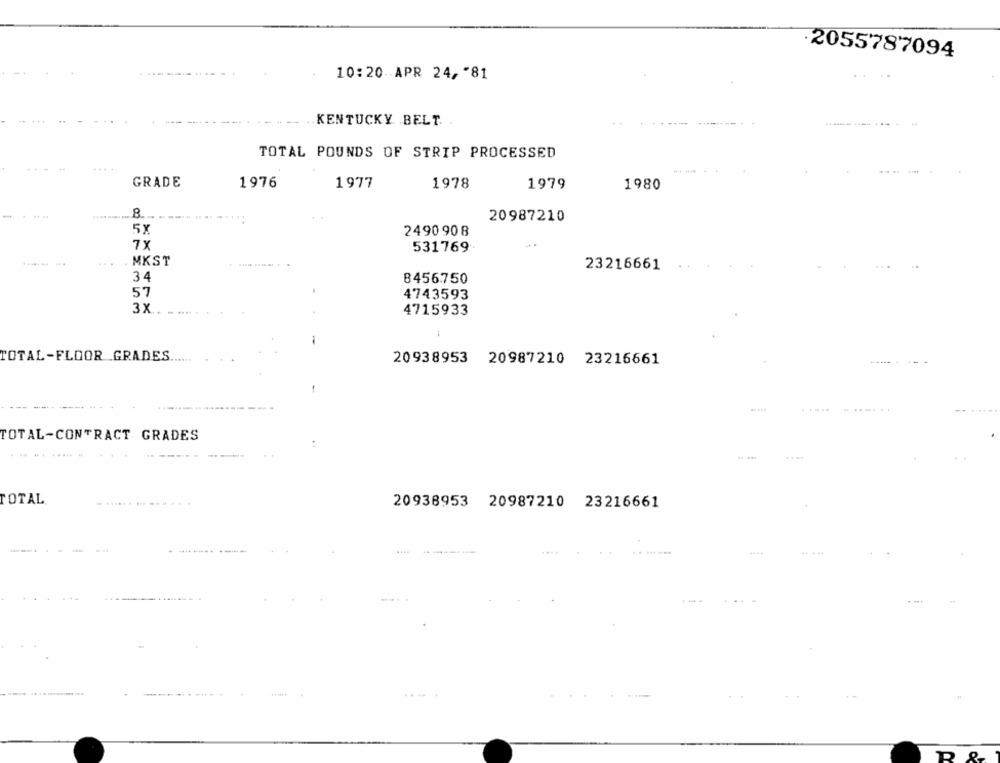
2055787094
10:20- APR 24, "81
KENTUCKY BELT.
TOTAL POUNDS OF STRIP PROCESSED
GRADE
1976
1977
1978
1979
1980
8
20987210
5X
2490 90 8
7X
531769
MKST
23216661
34
8456750
57
4743593
3X
4715933
1
TOTAL-FLOOR GRADES ......
20938953 20987210 23216661
-
............
TOTAL-CONTRACT GRADES
:
TOTAL
20938953 20987210 23216661
....
44 -+